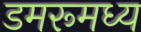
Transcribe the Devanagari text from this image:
डमरूमध्य